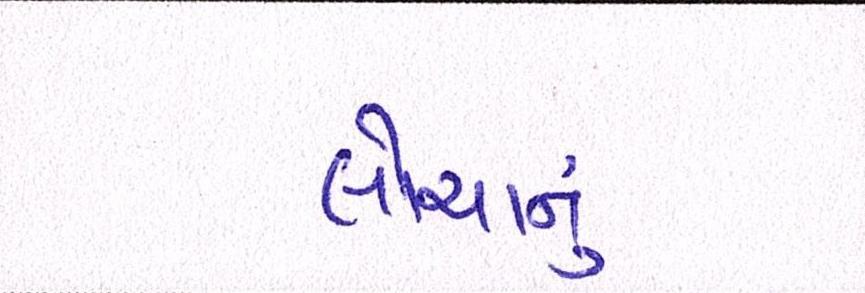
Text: લોચાનું